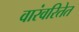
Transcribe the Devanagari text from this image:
वारंवरितेत